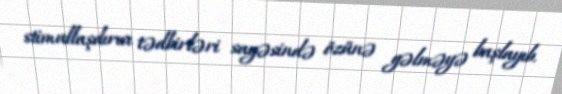
stimullaşdırıcı tədbirləri sayəsində özünə gəlməyə başlayıb.